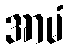
အာမံ